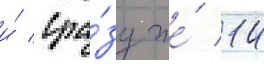
и́ сра́зу же́ 14